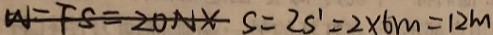
W = F S = 2 0 N \times S = 2 S ^ { \prime } = 2 \times 6 m = 1 2 m